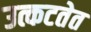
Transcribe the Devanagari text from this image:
उत्कटतेत